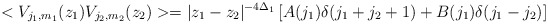
\begin{align*}< V_{j_1,m_1}(z_1) V_{j_2,m_2}(z_2)> = |z_1-z_2|^{-4\Delta_1} \left [A(j_1)\delta(j_1+j_2+1) + B(j_1)\delta(j_1-j_2)\right ] \end{align*}